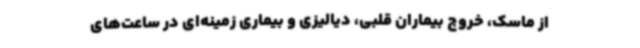
از ماسک، خروج بیماران قلبی، دیالیزی و بیماری زمینه‌ای در ساعت‌های